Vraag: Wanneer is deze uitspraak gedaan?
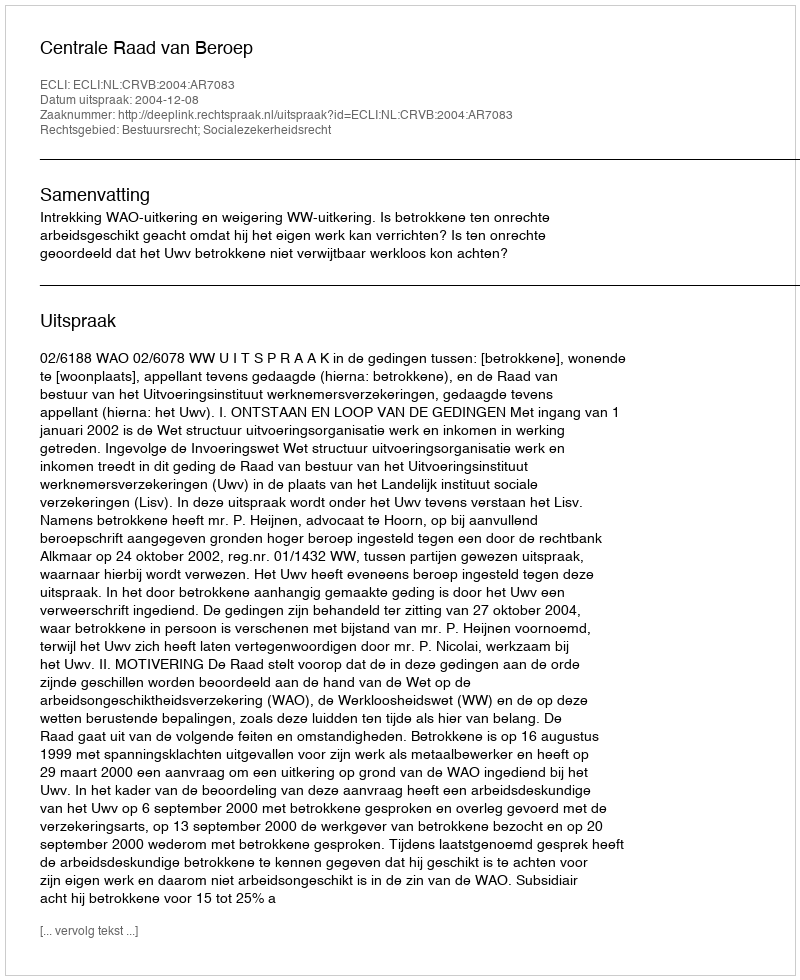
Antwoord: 2004-12-08